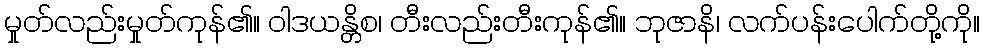
မှုတ်လည်းမှုတ်ကုန်၏။ ဝါဒယန္တိစ၊ တီးလည်းတီးကုန်၏။ ဘုဇာနိ၊ လက်ပန်းပေါက်တို့ကို။